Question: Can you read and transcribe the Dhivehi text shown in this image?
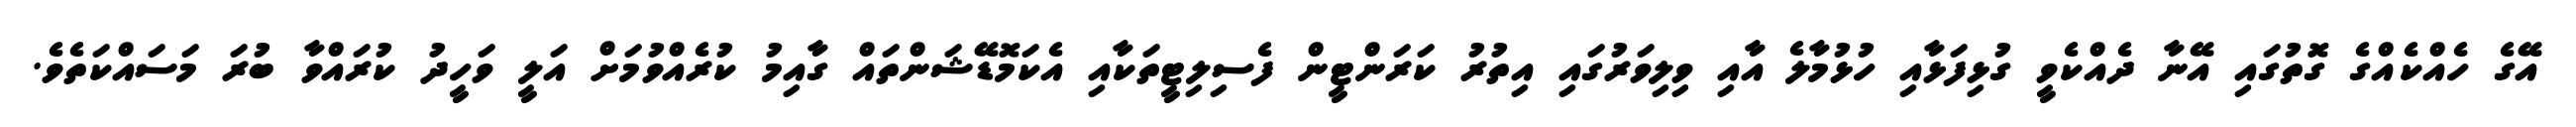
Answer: އޭގެ ހެއްކެއްގެ ގޮތުގައި އޭނާ ދެއްކެވީ ގުޅިފަޅާއި ހުޅުމާލެ އާއި ވިލިވަރުގައި އިތުރު ކަރަންޓީން ފެސިލިޓީތަކާއި އެކަމޮޑޭޝަންތައް ގާއިމު ކުރެއްވުމަށް އަލީ ވަހީދު ކުރައްވާ ބުރަ މަސައްކަތެވެ.